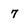
Character: 7